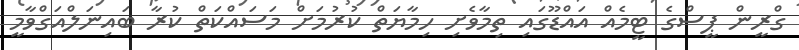
ގްރީން ޕީސްގެ ޓީމެއް އައްޑޫގައި ތިމާވެށި ހިމާޔަތް ކުރުމަށް މަސައްކަތް ކުރާ ބައިނަލްއަގްވާމީ